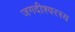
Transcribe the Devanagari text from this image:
जगदीश्वरस्य